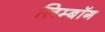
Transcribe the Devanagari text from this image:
लिम्बॉग